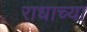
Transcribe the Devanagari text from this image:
राधाच्या